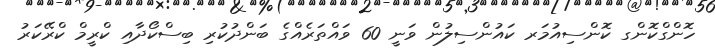
ހޮންގްކޮންގ ކޮންސިއުމަރ ކައުންސިލުން ވަނީ 60 ވައްތަރެއްގެ ބަންދުކުރި ބިސްކޯދާއި ކްރީމް ކްރޭކަރު